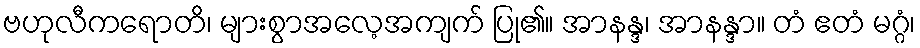
ဗဟုလီကရောတိ၊ များစွာအလေ့အကျက် ပြု၏။ အာနန္ဒ၊ အာနန္ဒာ။ တံ ဧတံ မဂ္ဂံ၊